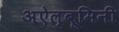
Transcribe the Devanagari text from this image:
अऐल्बूमिनी